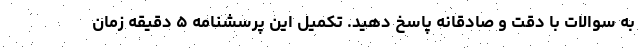
به سوالات با دقت و صادقانه پاسخ دهید. تکمیل این پرسشنامه ۵ دقیقه زمان